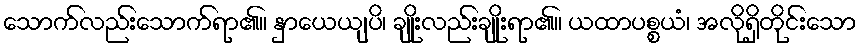
သောက်လည်းသောက်ရာ၏။ နှာယေယျပိ၊ ချိုးလည်းချိုးရာ၏။ ယထာပစ္စယံ၊ အလိုရှိတိုင်းသော